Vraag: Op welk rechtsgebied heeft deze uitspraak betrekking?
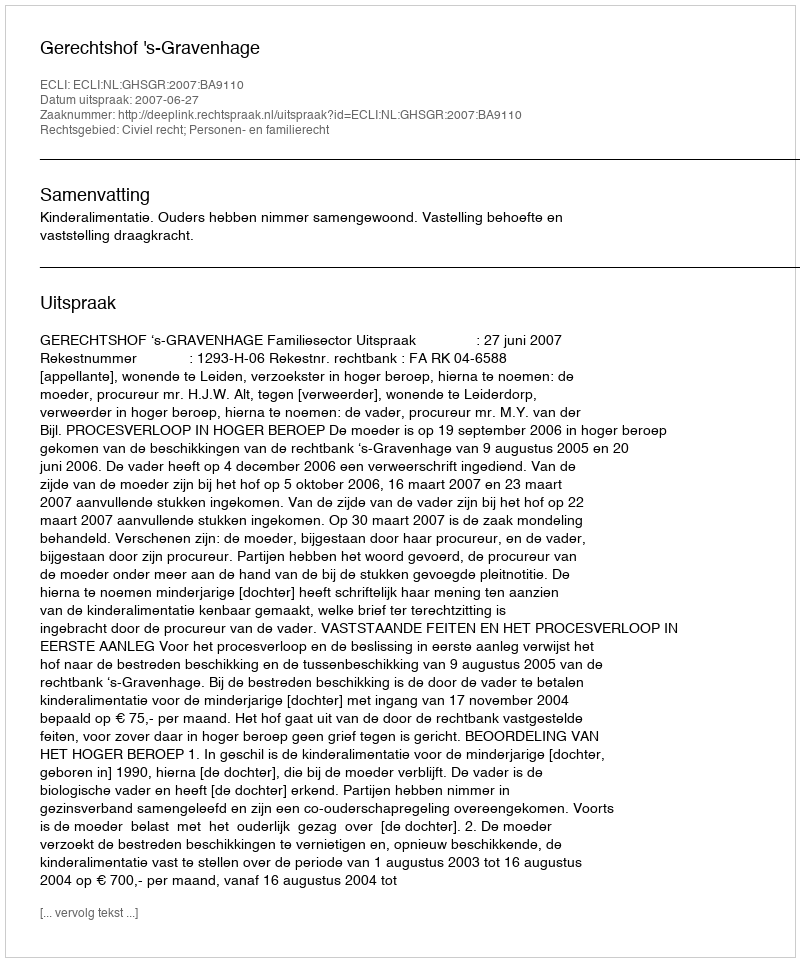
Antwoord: Civiel recht; Personen- en familierecht